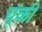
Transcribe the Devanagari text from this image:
चूंकी